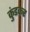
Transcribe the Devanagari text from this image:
कुंडकर